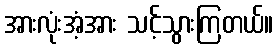
အားလုံးအံ့အား သင့်သွားကြတယ်။